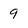
Character: 9